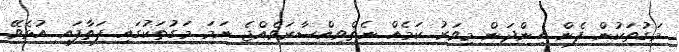
މަގުތަކުން ފެން ހިންދަން މިވަރު ކަމެއް ނެތްވިއްސާރަވެއްޖެ ނަމަ މަގުތަކުގައި ފަތާފައި އުޅެވޭ